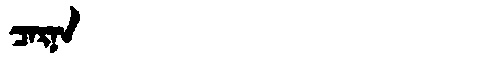
Manchu: ᠴᠠᡵᠨᠠ
Romanization: CARNA